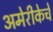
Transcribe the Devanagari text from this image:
अमेरीकेचे